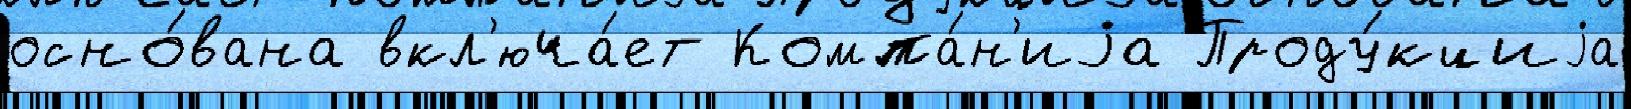
осно́вана вкл'юча́ет Компа́н'иjа Проду́кциjа